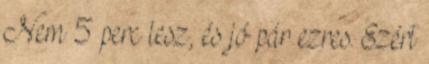
Nem 5 perc lesz, és jó pár ezres. Ezért